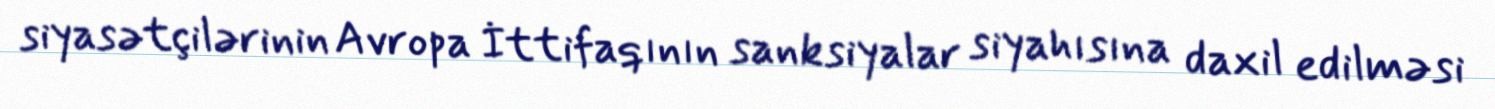
siyasətçilərinin Avropa İttifaqının sanksiyalar siyahısına daxil edilməsi